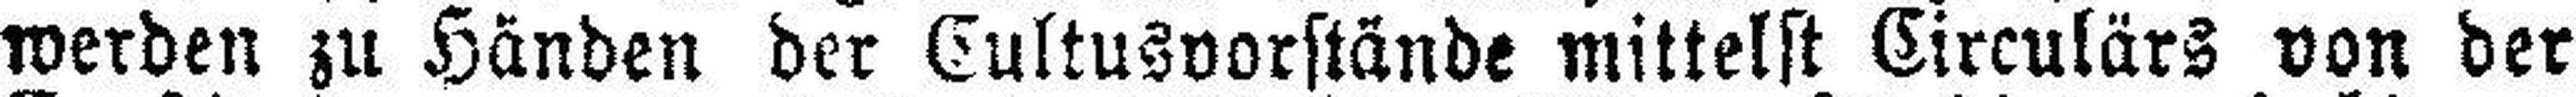
werden zu Händen der Cultusvorstände mittelst Circulärs von der